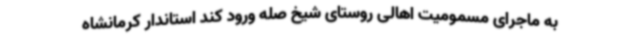
به ماجرای مسمومیت اهالی روستای شیخ صله ورود کند استاندار کرمانشاه